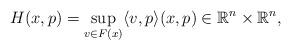
LaTeX: \begin{align*}H(x,p)= \sup_{v \in F(x)} \langle v,p\rangle (x,p)\in \mathbb{R}^n\times \mathbb{R}^n ,\end{align*}